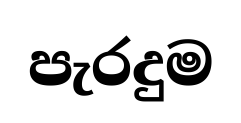
පැරදුම